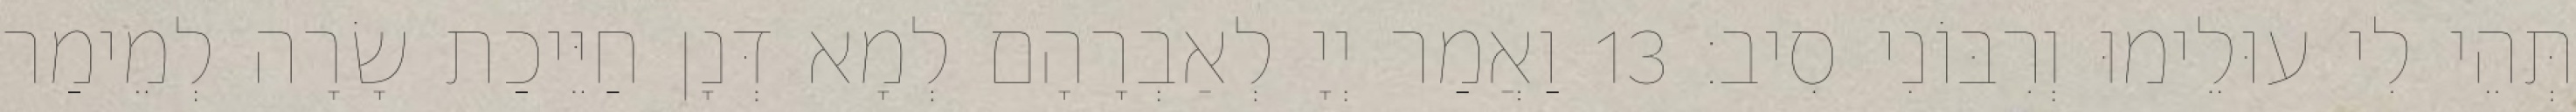
תְּהֵי לִי עוּלֵימוּ וְרִבּוֹנִי סִיב׃ 13 וַאֲמַר יְיָ לְאַבְרָהָם לְמָא דְּנָן חַיֵּיכַת שָׂרָה לְמֵימַר